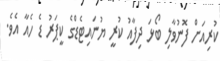
ކުރިއަށް ފޮނުވާލި ބޯޅަ ދިފާއު ކުރީ ޔުނައިޓެޑްގެ ކީޕަރު ޑެ ހެއާ އެވެ.